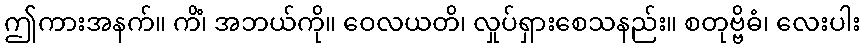
ဤကားအနက်။ ကိံ၊ အဘယ်ကို။ ဝေလယတိ၊ လှုပ်ရှားစေသနည်း။ စတုဗ္ဗိဓံ၊ လေးပါး